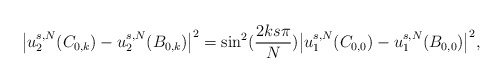
\begin{align*}\big|u_2^{s,N}(C_{0,k}) - u_2^{s,N}(B_{0,k})\big|^2 &= \sin^2(\frac{2ks\pi}{N}) \big|u_1^{s,N}(C_{0,0}) - u_1^{s,N}(B_{0,0})\big|^2, \end{align*}